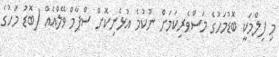
މި ފިލްމަކީ ބޮޑުމަހުގެ މަސްވެރިކަމަށް ނުކުމެ އުޅެނިކޮށް ސްޕާމް ވޭލްއެއް (ބޮޑު މަހުގެ